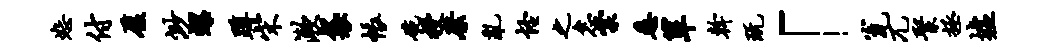
恕付厦渺螺蹲宋漱袋帐碗授縻乱怪之怠棠悉箪干玩「瓮兀聚拯墟